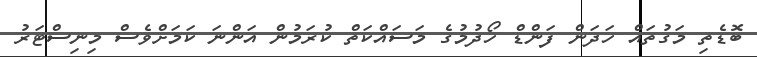
ބޮޑެތި މަގުތައް ހަދަން ފަންޑް ހޯދުމުގެ މަސައްކަތް ކުރަމުން އަންނަ ކަމަށްވެސް މިނިސްޓަރު